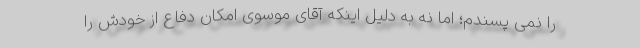
را نمی پسندم؛ اما نه به دلیل اینکه آقای موسوی امکان دفاع از خودش را